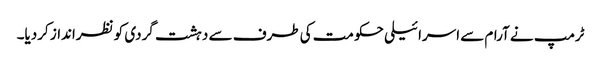
ٹرمپ نے آرام سے اسرائیلی حکومت کی طرف سے دہشت گردی کو نظرانداز کردیا۔